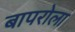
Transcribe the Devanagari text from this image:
बापरोला